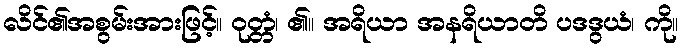
လိင်၏အစွမ်းအားဖြင့်။ ဝုတ္တံ၊ ၏။ အရိယာ အနရိယာတိ ပဒဒွယံ၊ ကို။